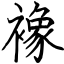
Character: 襐